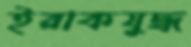
ইরাকযুদ্ধ